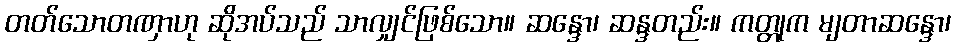
တတ်သောတဏှာဟု ဆိုအပ်သည် သာလျှင်ဖြစ်သော။ ဆန္ဒော၊ ဆန္ဒတည်း။ ကတ္တုက မျတာဆန္ဒော၊